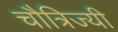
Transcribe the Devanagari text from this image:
चौत्रिज्यी